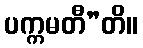
ပက္ကမတီ”တိ။